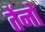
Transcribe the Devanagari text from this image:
तेंनो